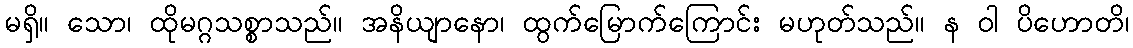
မရှိ။ သော၊ ထိုမဂ္ဂသစ္စာသည်။ အနိယျာနော၊ ထွက်မြောက်ကြောင်း မဟုတ်သည်။ န ဝါ ပိဟောတိ၊